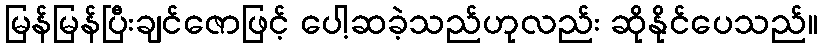
မြန်မြန်ပြီးချင်ဇောဖြင့် ပေါ့ဆခဲ့သည်ဟုလည်း ဆိုနိုင်ပေသည်။